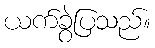
ယက်ခွဲပြသည်။